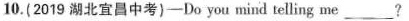
10.(2019 湖北宜昌中考)-Do you mind telling me_?